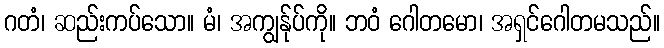
ဂတံ၊ ဆည်းကပ်သော။ မံ၊ အကျွန်ုပ်ကို။ ဘဝံ ဂေါတမော၊ အရှင်ဂေါတမသည်။